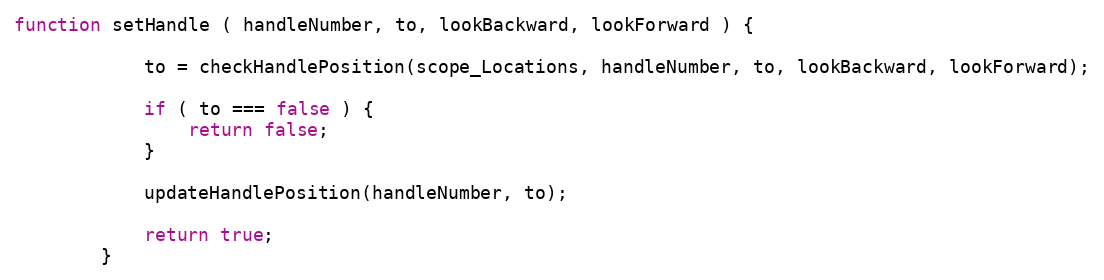
Language: JavaScript
function setHandle ( handleNumber, to, lookBackward, lookForward ) {

            to = checkHandlePosition(scope_Locations, handleNumber, to, lookBackward, lookForward);

            if ( to === false ) {
                return false;
            }

            updateHandlePosition(handleNumber, to);

            return true;
        }